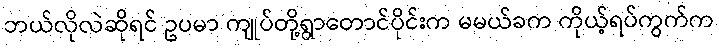
ဘယ်လိုလဲဆိုရင် ဥပမာ ကျုပ်တို့ရွာတောင်ပိုင်းက မမယ်ခက ကိုယ့်ရပ်ကွက်က